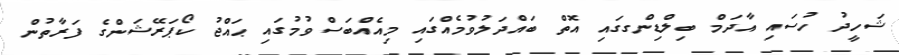
ޝަހީދު ހުސައި އާދަމް ބިލްޑިންގގައި އޮތް ބައްދަލުވުމެއްގައި މިއެއްބަސްވުމުގައި ޙައްޖު ކޯޕަރޭޝަންގެ ފަރާތުން